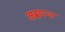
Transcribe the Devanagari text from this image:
अह्वयन्त